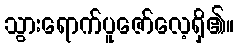
သွားရောက်ပူဇော်လေ့ရှိ၏။